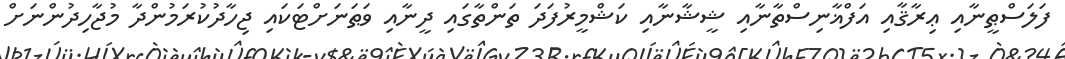
ފަލަސްޠީނާއި ޢިރާޤާއި އަފްޣާނިސްތާނާއި ޝީޝާނާއި ކަޝްމީރުފަދަ ތަންތާގައި ދީނާއި ވަޠަނަށްޓަކައި ޖިހާދުކުރަމުންދާ މުޖާހިދުންނަށް